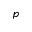
p